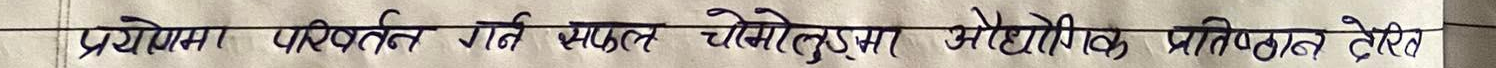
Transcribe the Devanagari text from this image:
प्रयोगमा परिवर्तन गति सफल चोमोडेलमा औद्योगिक प्रतिष्ठित देखेर